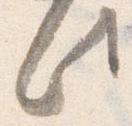
此